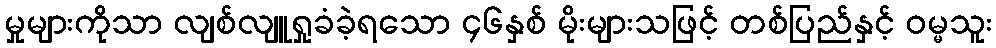
မှုများကိုသာ လျစ်လျူရှုခံခဲ့ရသော ၄၆နှစ် မိုးများသဖြင့် တစ်ပြည်နှင့် ဝမ္မသူး